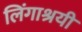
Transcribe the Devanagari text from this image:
लिंगाश्रयी